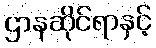
ဌာနဆိုင်ရာနှင့်